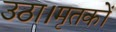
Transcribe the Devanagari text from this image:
उठा।मृतकों